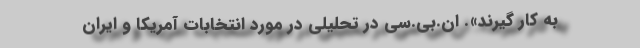
به کار گیرند». ان.بی.سی در تحلیلی در مورد انتخابات آمریکا و ایران